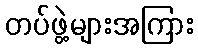
တပ်ဖွဲ့များအကြား